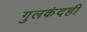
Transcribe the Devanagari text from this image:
गुलकंदही